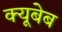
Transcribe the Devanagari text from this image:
क्यूबेब